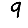
Digit: 9